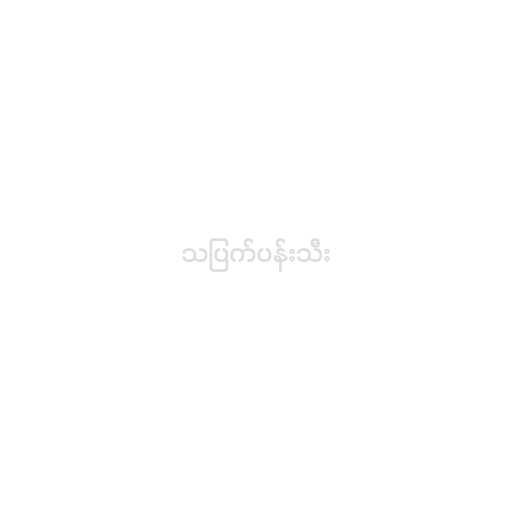
သပြက်ပန်းသီး